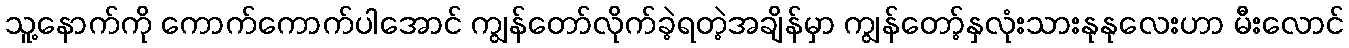
သူ့နောက်ကို ကောက်ကောက်ပါအောင် ကျွန်တော်လိုက်ခဲ့ရတဲ့အချိန်မှာ ကျွန်တော့်နှလုံးသားနုနုလေးဟာ မီးလောင်